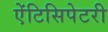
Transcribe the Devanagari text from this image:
ऐंटिसिपेटरी